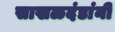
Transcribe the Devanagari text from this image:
साखळदंडांनी